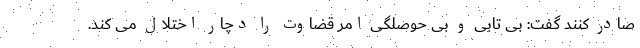
صادر کنند گفت: بی تابی و بی حوصلگی امر قضاوت را دچار اختلال می کند.